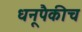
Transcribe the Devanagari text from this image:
धनूपैकीच